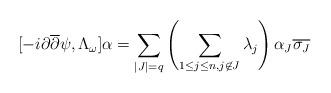
LaTeX: \begin{align*}[-i\partial \overline{\partial}\psi, \Lambda_{\omega}]\alpha = \sum_{|J| = q} \left( \sum_{1 \leq j \leq n, j \not \in J} \lambda_{j} \right) \alpha_{J} \overline{\sigma_{J}}\end{align*}